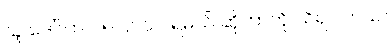
သူ ဒေါ်လာ ၁၅၀,၀၀၀ ရမယ် ဆိုတာကို သိရပါတယ်။